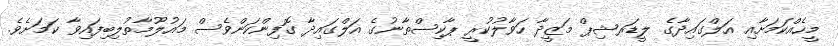
މީހެއްކަމަށާއި އަލްގައިދާގެ ލީޑަރޝިޕް މަޒީދާ ހަވާލުކުރީ ޕާކިސްތާނުގެ އަލްގައިދާ ގޮފިންކަންވެސް މައުލޫމާތުލިބިފައިވާ ކަމަށެވެ.